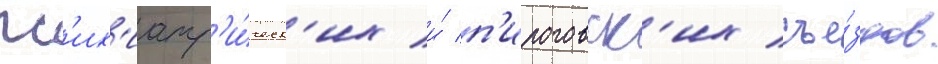
пс'их'иатр'и́ческ'их и́ п'ироговск'их съе́здов